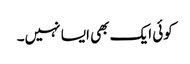
کوئی ایک بھی ایسا نہیں۔